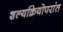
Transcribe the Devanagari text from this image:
शल्यक्रियोपरांत